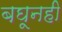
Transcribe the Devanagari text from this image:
बघूनही